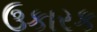
ઉકારક